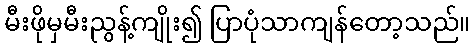
မီးဖိုမှမီးညွန့်ကျိုး၍ ပြာပုံသာကျန်တော့သည်။